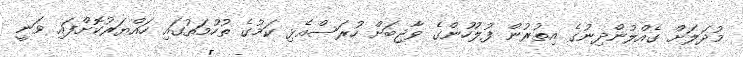
މުދަލަށް ގެއްލުންދިނުގެ އިތުރުން ފުލުހުންގެ ވާޖިބަށް ހުރަސްއެޅި ކަމުގެ ތުހުމަތުގައި ހައްޔަރުކޮށްފައި ވަނީ